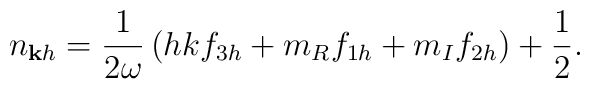
n_{\mathbf{k}h} = \frac{1}{2\omega}\left( h{k}f_{3h}                                           + m_{R}f_{1h}                                           + m_{I}f_{2h}                                      \right)                + \frac{1}{2}.